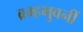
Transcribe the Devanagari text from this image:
ब्रम्हभुवनीं